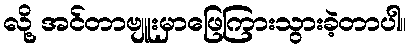
လို့ အင်တာဗျူးမှာဖြေကြားသွားခဲ့တာပါ။